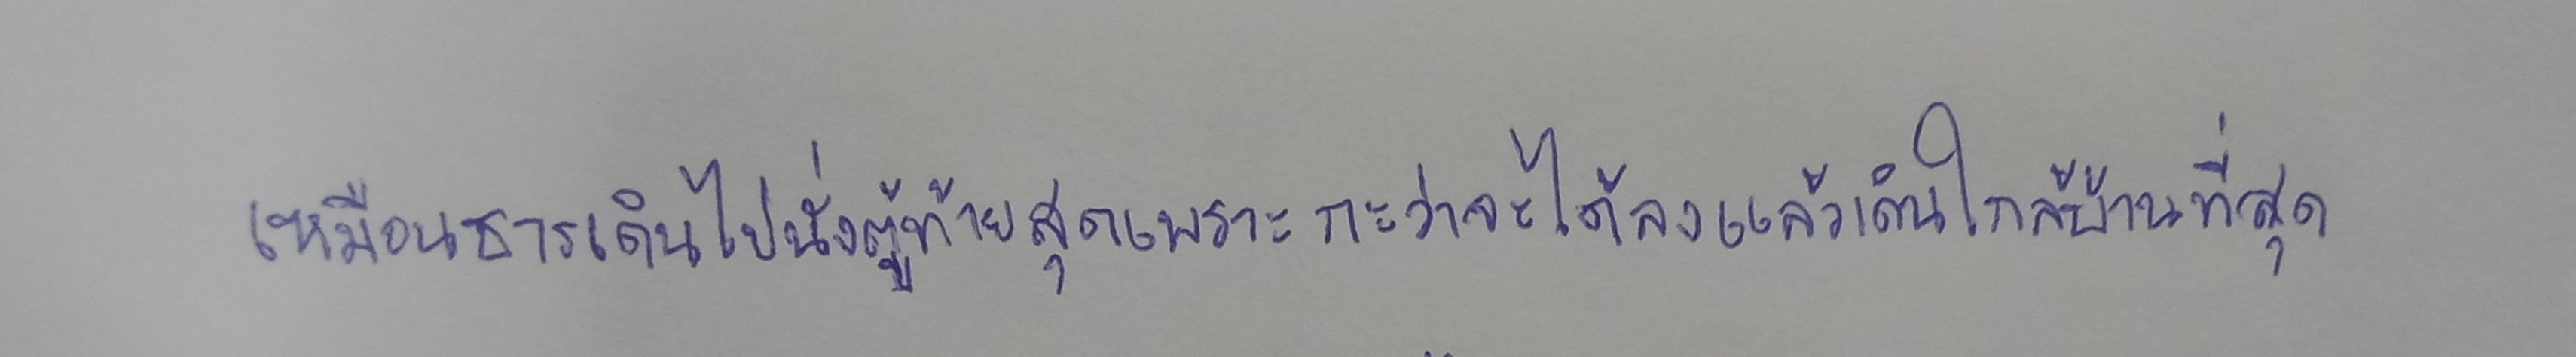
เหมือนธารเดินไปนั่งตู้ท้ายสุดเพราะกะว่าจะได้ลงแล้วเดินใกล้บ้านที่สุด